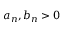
a _ { n } , b _ { n } > 0